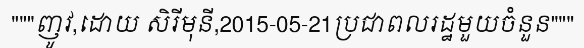
"""ញូវ,ដោយ សិរីមុនី,2015-05-21ប្រជាពលរដ្ឋមួយចំនួន"""